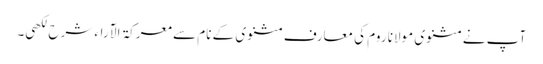
آپ نے مثنوی مولانا روم کی معارف مثنوی کے نام سے معرکۃ الآراء شرح لکھی۔